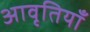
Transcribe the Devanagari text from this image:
अावृतियाँ